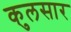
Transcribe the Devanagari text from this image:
कुलसार